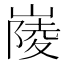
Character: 𡺿